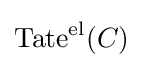
\operatorname {Tate} ^{\text{el}}(C)